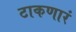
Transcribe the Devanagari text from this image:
टाकणारं